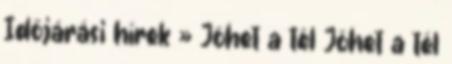
Időjárási hírek » Jöhet a tél Jöhet a tél